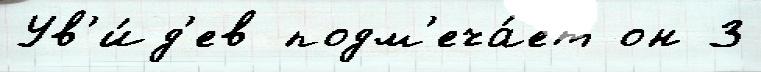
Ув'и́д'ев подм'еча́ет он 3